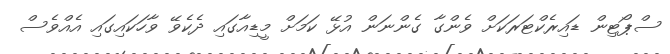
ސްޕޯޓިން ޑައިރެކްޓަރަކަށް ވެންގާ ގެންނަން އުޅޭ ކަމަށް މީޑިއާގައި ދެކެވޭ ވާހަކައިގައި އެއްވެސް